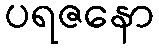
ပရဇနော